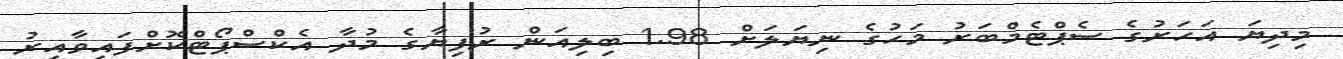
މިދިޔަ އަހަރުގެ ސެޕްޓެމްބަރު މަހުގެ ނިޔަލަށް 1.98 ބިލިއަން ރުފިޔާގެ މުދާ އެކްސްޕޯޓްކޮށްފައިވާއިރު